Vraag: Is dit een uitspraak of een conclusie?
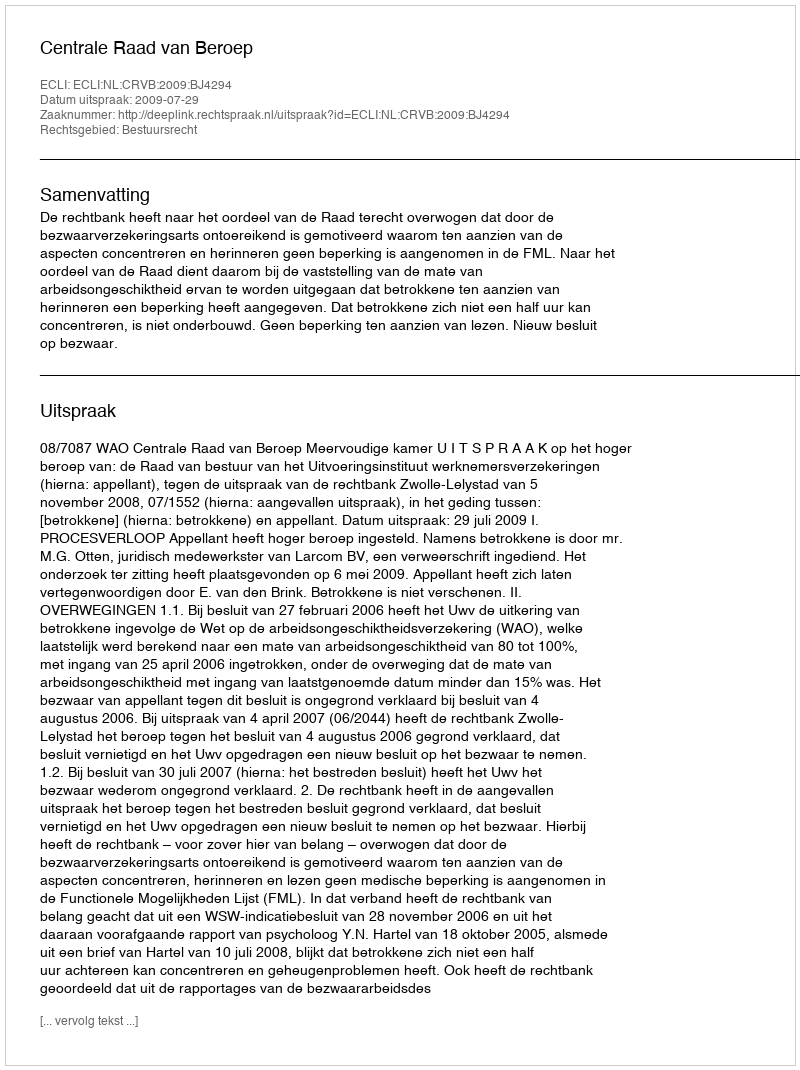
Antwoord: Uitspraak